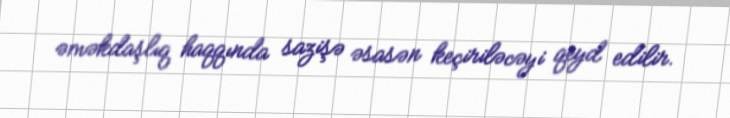
əməkdaşlıq haqqında sazişə əsasən keçiriləcəyi qeyd edilir.